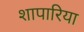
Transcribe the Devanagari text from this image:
शापारिया